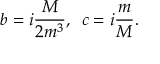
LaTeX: b = i \frac { M } { 2 m ^ { 3 } } , \, \, \, c = i \frac { m } { M } .